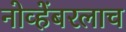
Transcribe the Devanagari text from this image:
नोव्हेंबरलाच